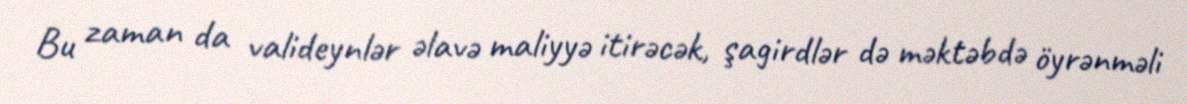
Bu zaman da valideynlər əlavə maliyyə itirəcək, şagirdlər də məktəbdə öyrənməli